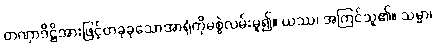
တဏှာဒိဋ္ဌိအားဖြင့်တခုခုသောအာရုံကိုမစွဲလမ်းမူ၍။ ယဿ၊ အကြင်သူ၏။ သမ္မာ၊